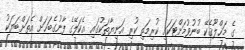
ގެ މަޚްލޫޤެކޭ ބުނުވުމަށްޓަކައި ކުރިމަތި ކުރި އަނިޔާތަކުގައި އެކަލޭގެ ފާނުގެބަހަށް އެތަށްބަޔަކު